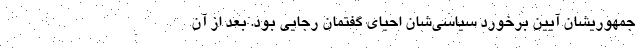
جمهوریشان آیین برخورد سیاسی‌شان احیای گفتمان رجایی بود. بعد از آن